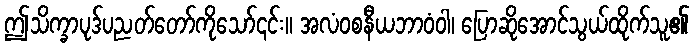
ဤသိက္ခာပုဒ်ပညတ်တော်ကိုသော်၎င်း။ အလံဝစနီယဘာဝံဝါ၊ ပြောဆိုအောင်သွယ်ထိုက်သူ၏